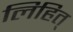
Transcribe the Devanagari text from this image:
लिहित्